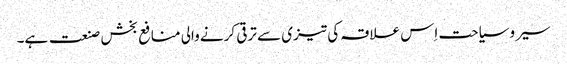
سیر وسیاحت اِس علاقہ کی تیزی سے ترقی کرنے والی منافع بخش صنعت ہے۔